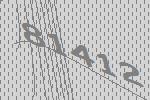
81412